Sanitation, dispensaries and jails vaccination Rajputana 1922-1927 - 1922-1927
Year: 1922
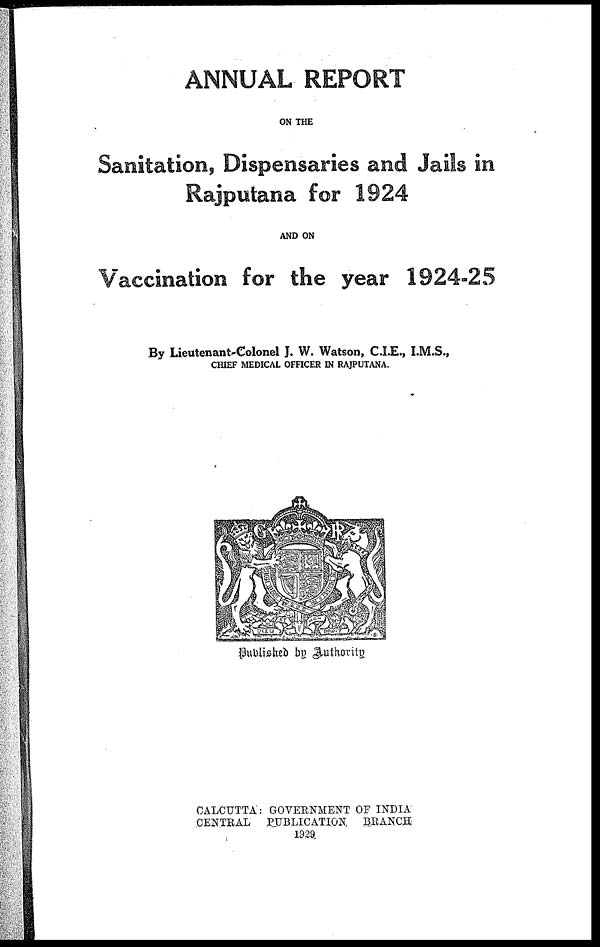
ANNUAL REPORT
ON THE
Sanitation, Dispensaries and Jails in
Rajputana for 1924
AND ON
Vaccination for the year 1924-25
By Lieutenant-Colonel J. W. Watson, C.I.E., I.M.S.,
CHIEF MEDICAL OFFICER IN RAJPUTANA.
Published by Authority
CALCUTTA: GOVERNMENT OF INDIA
CENTRAL
PUBLICATION
BRANCH
1929